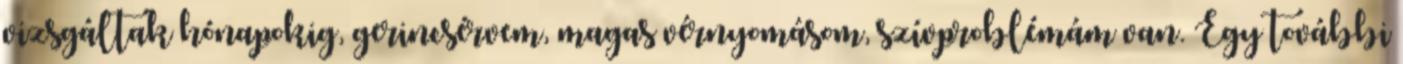
vizsgáltak hónapokig, gerincsérvem, magas vérnyomásom, szívproblémám van. Egy további